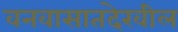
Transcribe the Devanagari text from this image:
वनवासातदेखील